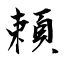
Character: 頼